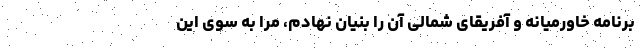
برنامه خاورمیانه و آفریقای شمالی آن را بنیان نهادم، مرا به سوی این